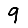
Digit: 9